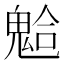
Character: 𩳋